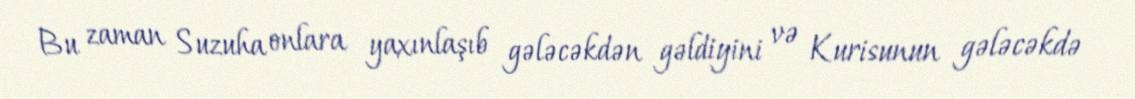
Bu zaman Suzuha onlara yaxınlaşıb gələcəkdən gəldiyini və Kurisunun gələcəkdə